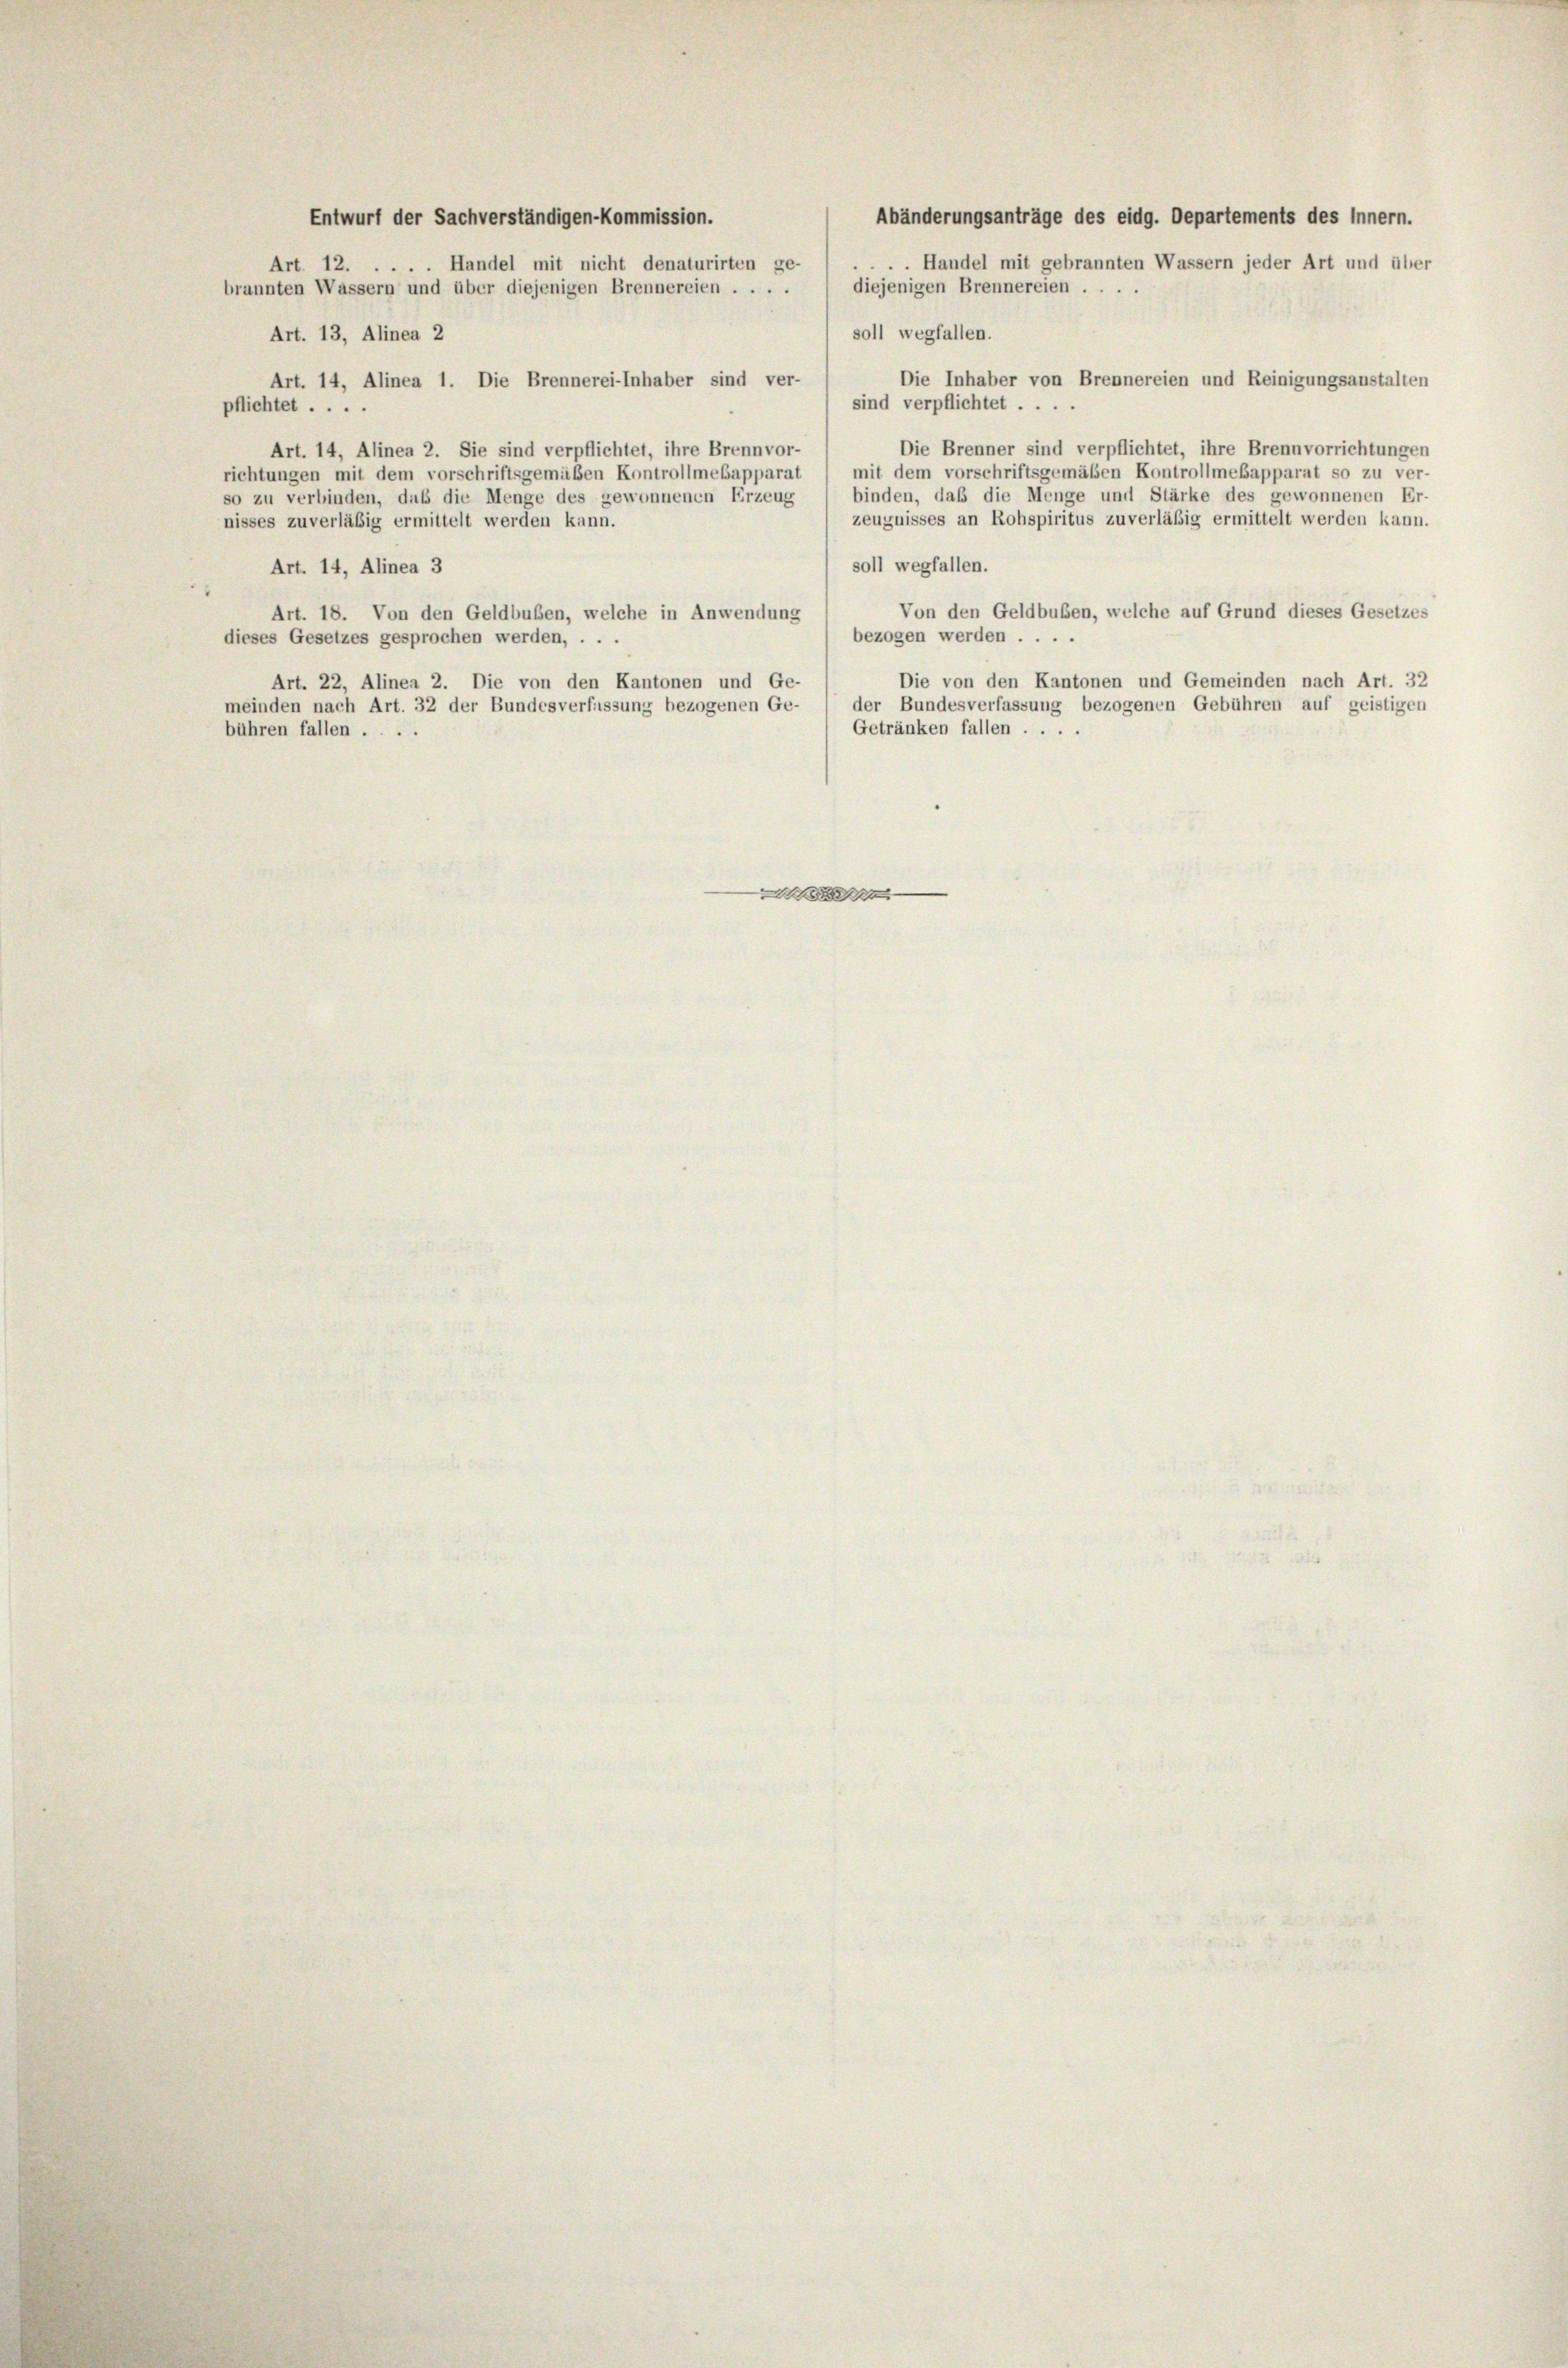
Entwurf der Sachverständigen-Kommission.
. Handel mit gebrannten Wassern jeder Art und über
Art. 12. . . . . Handel mit nicht denaturirten ge-
diejenigen Brennereien ....
brannten Wassern und über diejenigen Brennereien . . . .
soll wegfallen.
Art. 13, Alinea 2
Die Inhaber von Brennereien und Reinigungsanstalten
Art. 14, Alinea 1. Die Brennerei-Inhaber sind ver-
sind verpflichtet . . . .
pflichtet ....
Die Brenner sind verpflichtet, ihre Brennvorrichtungen
Art. 14, Alinea 2. Sie sind verpflichtet, ihre Brennvor-
richtungen mit dem vorschriftsgemäßen Kontrollmebapparat / mit dem vorschriftsgemäßen Kontrollmebapparat so zu ver-
binden, daß die Menge und Stärke des gewonnenen Er-
so zu verbinden, daß die Menge des gewonnenen Erzeug
zeugnisses an Rohspiritus zuverläßig ermittelt werden kann.
nisses zuverläßig ermittelt werden kann.
soll wegfallen.
Art. 14, Alinea 3
Von den Geldbuben, welche auf Grund dieses Gesetzes
Art. 18. Von den Geldbußen, welche in Anwendung
bezogen werden . . .
dieses Gesetzes gesprochen werden, . . .
Die von den Kantonen und Gemeinden nach Art. 32
Art. 22, Alinea 2. Die von den Kantonen und Ge-
der Bundesverfassung bezogenen Gebühren auf geistigen
meinden nach Art. 32 der Bundesverfassung bezogenen Ge-
Getränken fallen ....
bühren fallen ....

Abänderungsanträge des eidg. Departements des Innern.